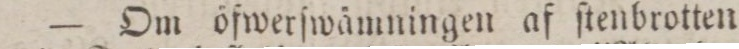
— Om öfwerſwånningen af ſtenbrotten